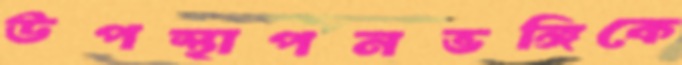
উপস্থাপনভঙ্গিকে